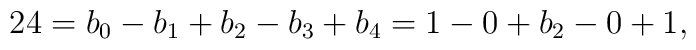
24 = b_0 - b_1 + b_2 - b_3 +b_4 = 1 -0 +b_2 -0 +1,